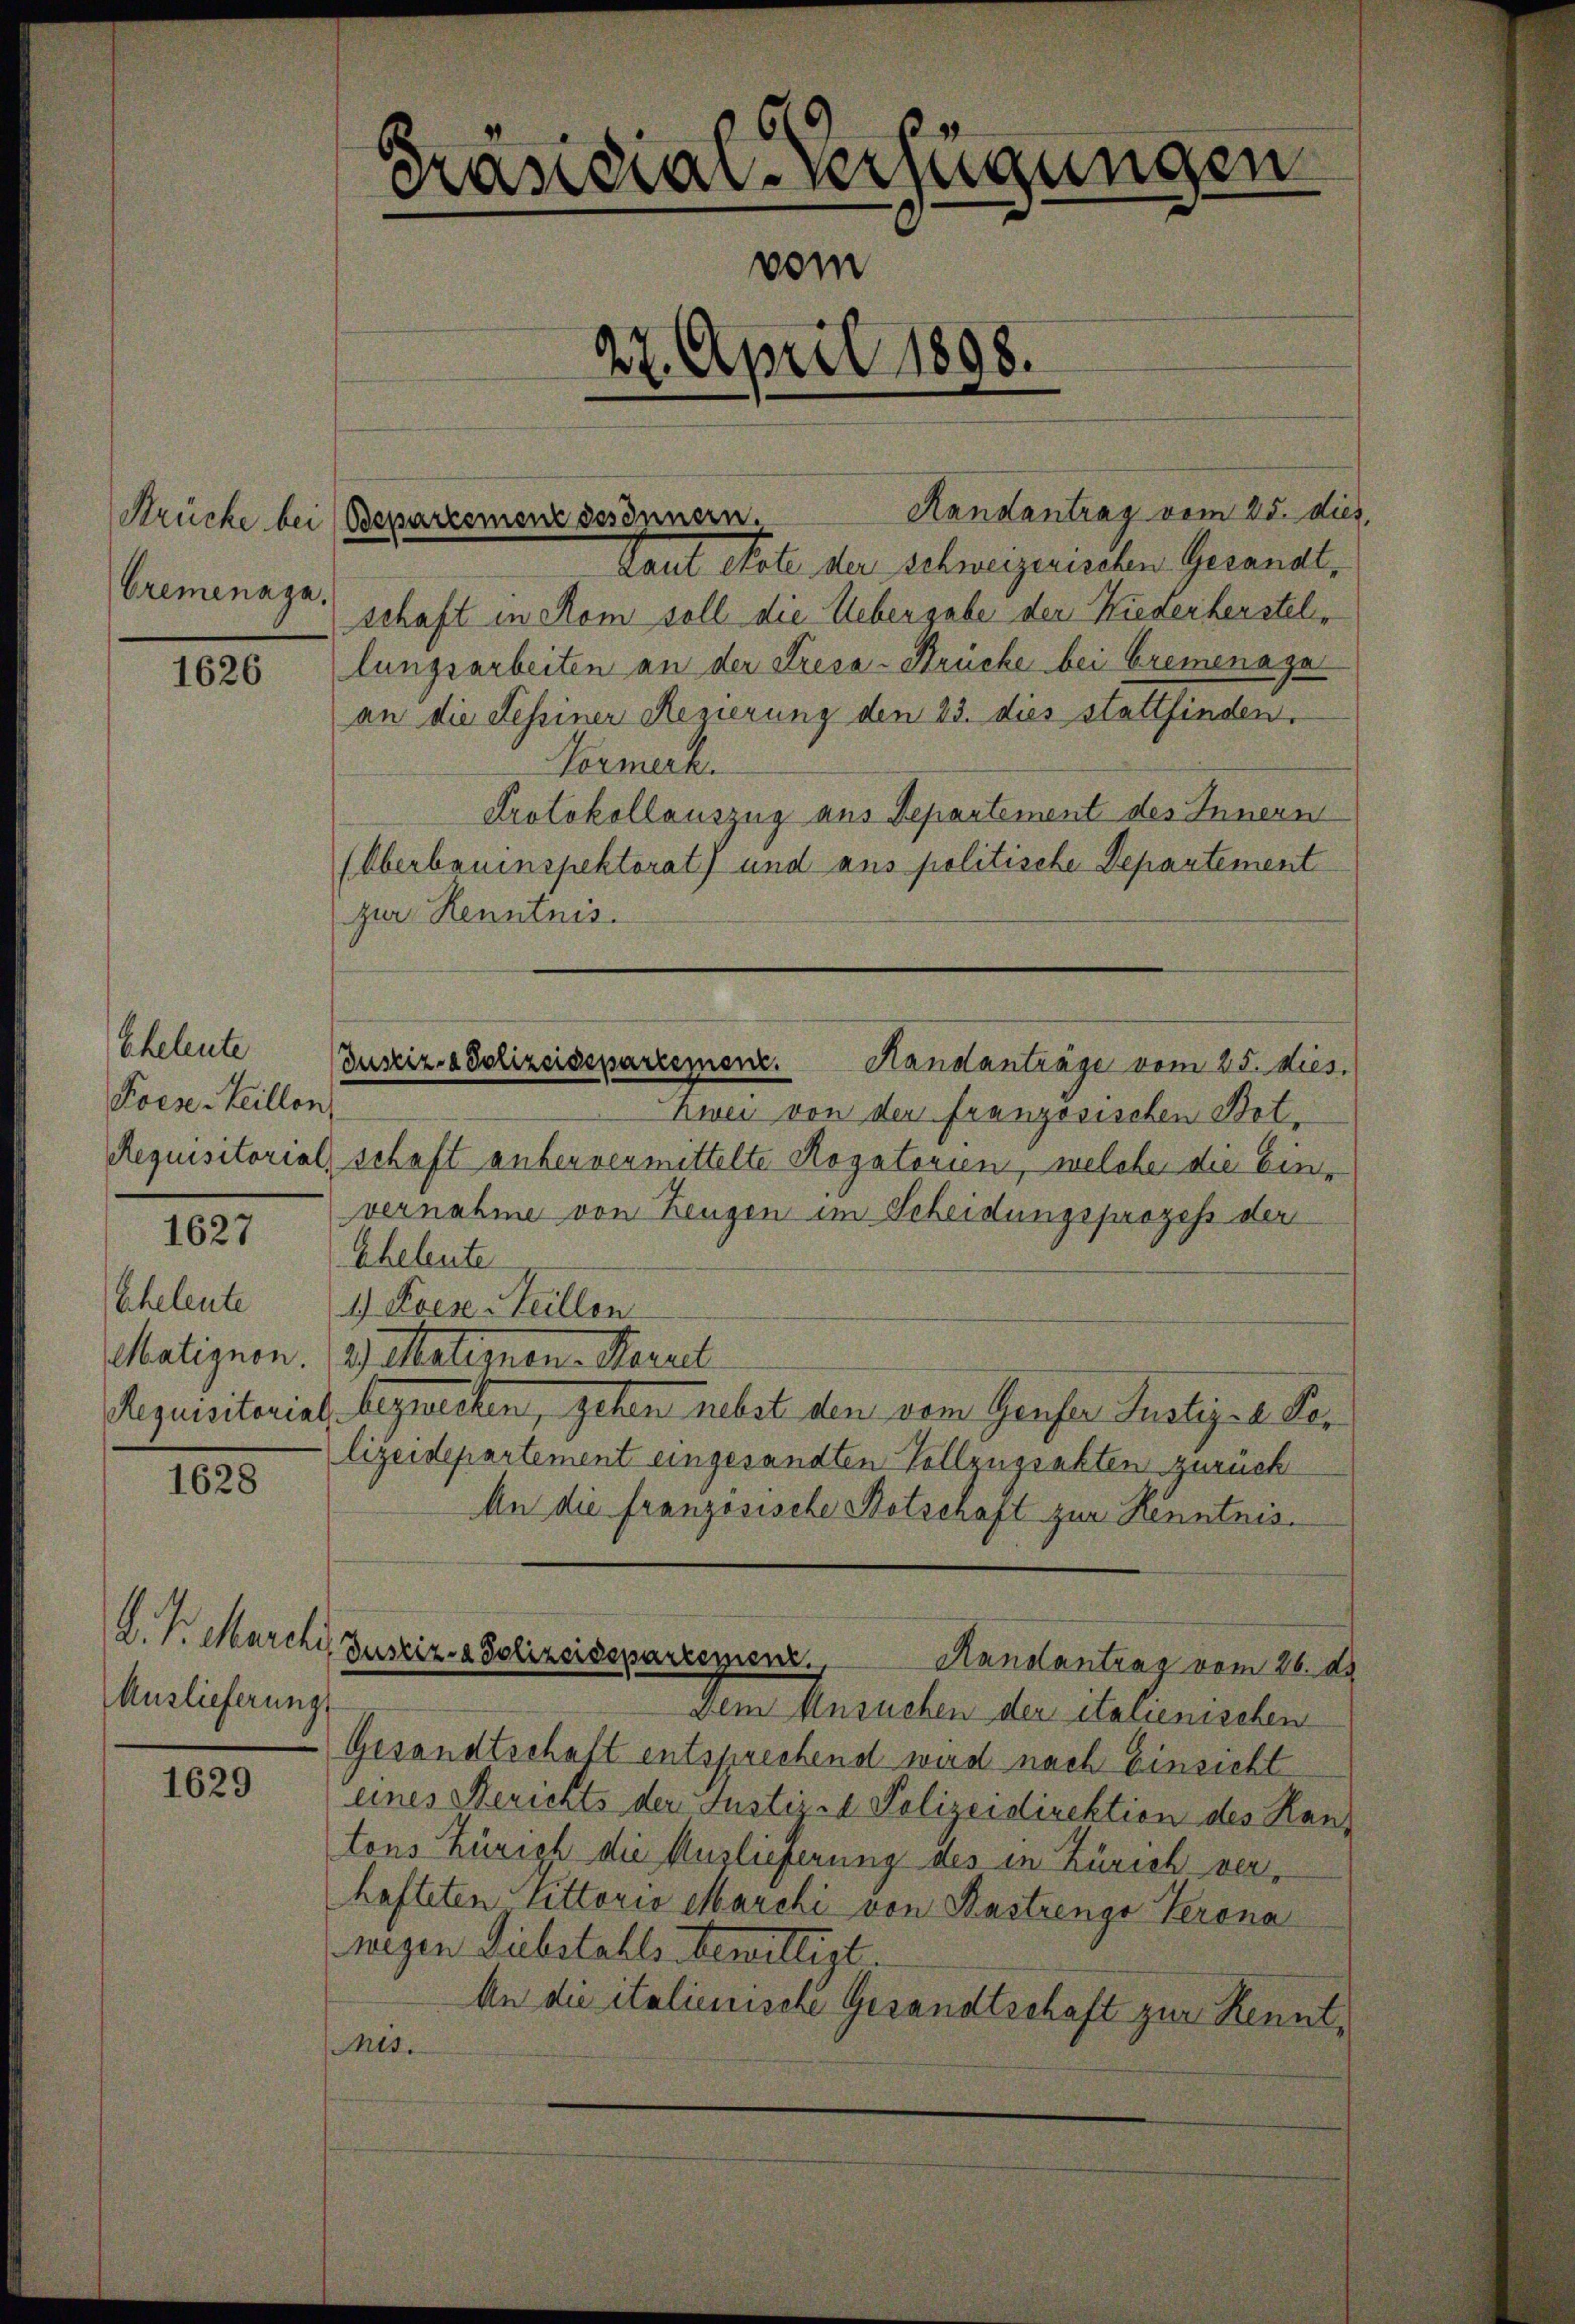
Cremenaga.

1626

Eheleute
Koese Teillen

1627

Scheleute
Matignon
Requisitorial

1628

A. Pr. Marieli
Auslieferung

1629

Kandial-Verfügungen
vom
27. April 1898.

Handantrag vom 25. dies,
Laut etate der schweizerischen Gesandt,
schaft in Rom soll die Uebergabe der Wiederherstellungsarbeiten an der Tresa-Brücke bei Bremena zu
an die Sessiner Regierung den 23. dies stattfinden.
Vormerk.
Protokollauszug aus Departement des Innern
(Oberbauinspektorat) und aus politische Departement
zur Kenntnis.
Zwei von der französischen Bet-
Requisitorial, schaft anhervermittelte Rogatorien, welche die Einvernahme von Zeugen im Scheidungsprozess der
Eheleute
1) Koese Heillen
Voltatemen- Secre
2 bezweiten, gehen nebst den vom Genfer Justiz- Selizeidepartement eingesandten Vollzugrakten zurück
An die französische Botschaft zur Kenntnis¬
Justiz- & Polizeidepartemenz
Randantrag vom 26. d.
Dem Ansuchen der italienischen
Gesandtschaft entsprechend wird nach Einsicht
eines Berichts der Justiz- Polizeidirektion des Hans
tons Zürich die Auslieferung des in Zürich verhafteten Tittorio Marchi von Bastrenge Verona
wegen Substalls bewilligt
An die italienische Gesandtschaft zur Kennt¬
Mis.

Strücke bei (Bepartement des Innern,

Justiz- & Polizeidepartement.
Handanträge vom 25. dies.